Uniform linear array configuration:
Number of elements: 8
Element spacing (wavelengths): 0.25
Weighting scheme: hann
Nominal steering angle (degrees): -15
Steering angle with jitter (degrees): -15.864
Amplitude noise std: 0.05
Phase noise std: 0.05

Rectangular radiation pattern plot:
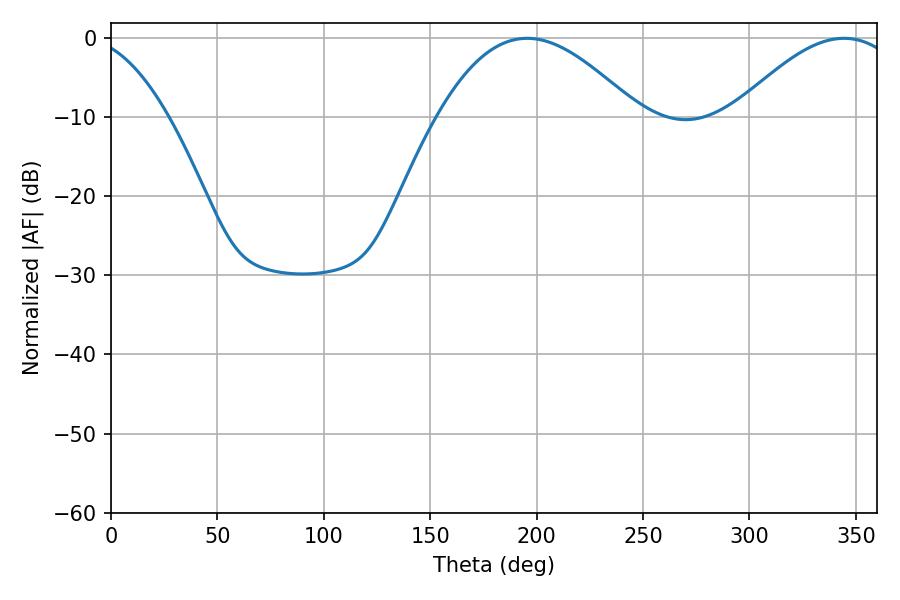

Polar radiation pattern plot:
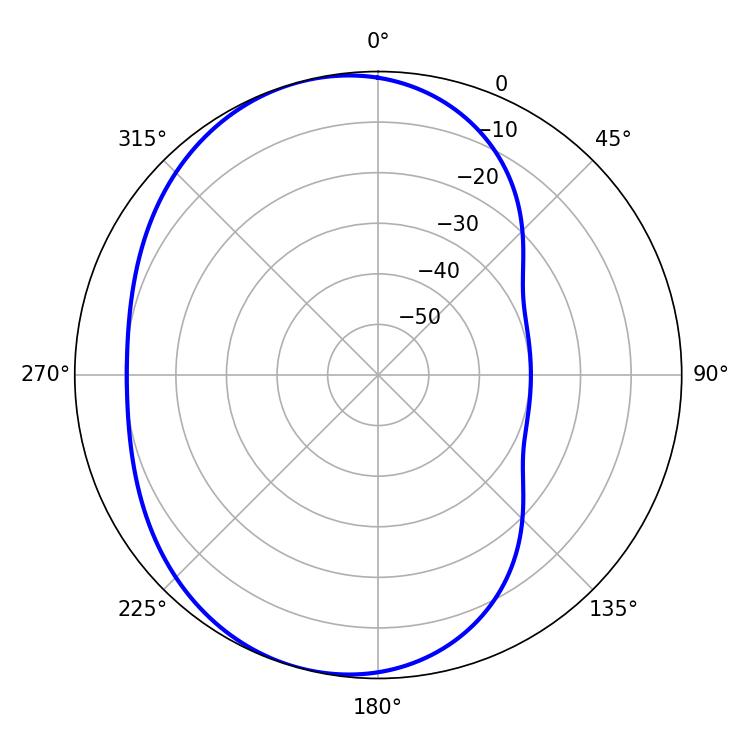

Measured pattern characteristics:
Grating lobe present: FALSE
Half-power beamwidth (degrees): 51.12
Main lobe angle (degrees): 195.48